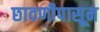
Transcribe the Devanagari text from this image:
छावणीपासून